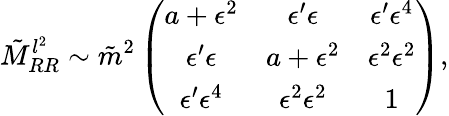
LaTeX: \tilde{M}_{RR}^{l^{2}}\sim\tilde{m}^{2}\left(\begin{array}{ccc}{{a+\epsilon^{2}}}&{{\epsilon^{\prime}\epsilon}}&{{\epsilon^{\prime}\epsilon^{4}}}\\ {{\epsilon^{\prime}\epsilon}}&{{a+\epsilon^{2}}}&{{\epsilon^{2}\epsilon^{2}}}\\ {{\epsilon^{\prime}\epsilon^{4}}}&{{\epsilon^{2}\epsilon^{2}}}&{{1}}\end{array}\right),